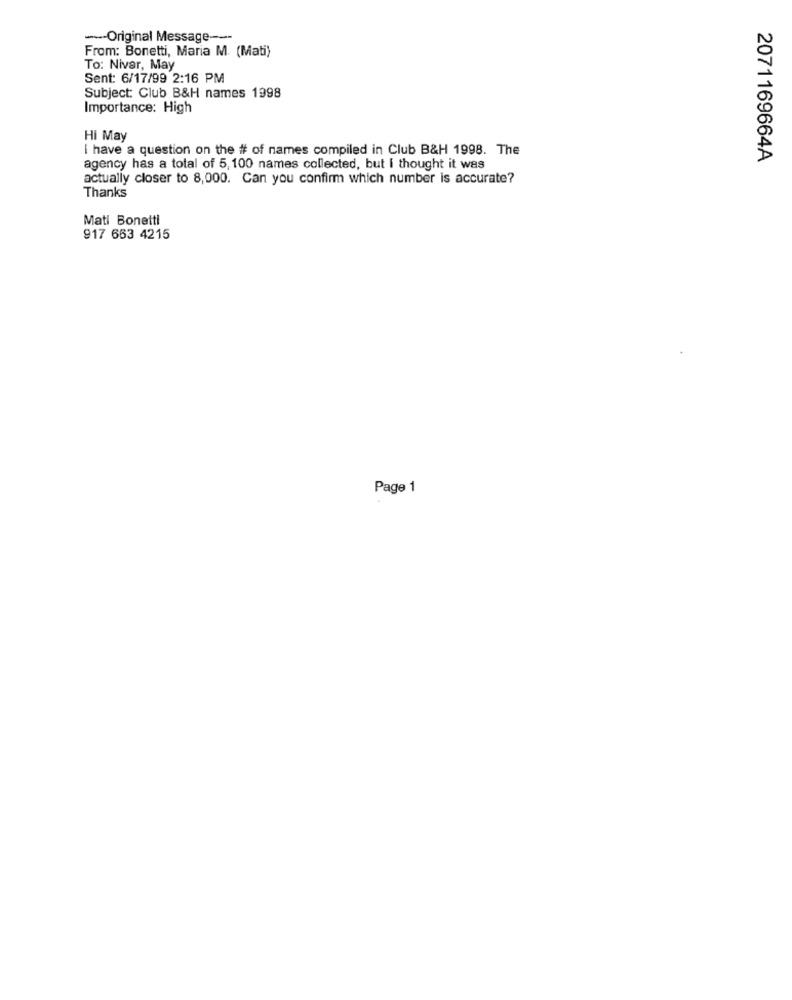
--- Original Message --
From: Bonetti, Maria M. (Mati)
To: Nivar, May
Sent: 6/17/99 2:16 PM
Subject: Club B&H names 1998
Importance: High
Hi May
I have a question on the # of names compiled in Club B&H 1998. The
2071169664A
agency has a total of 5, 100 names collected, but I thought it was
actually closer to 8,000. Can you confirm which number is accurate?
Thanks
Mati Bonetti
917 663 4215
Page 1